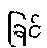
ခြင်